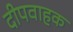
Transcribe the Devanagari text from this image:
दीपवाहक